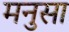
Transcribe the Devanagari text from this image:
मनुसा